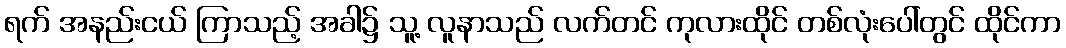
ရက် အနည်းငယ် ကြာသည့် အခါ၌ သူ့ လူနာသည် လက်တင် ကုလားထိုင် တစ်လုံးပေါ်တွင် ထိုင်ကာ